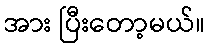
အား ပြီးတော့မယ်။